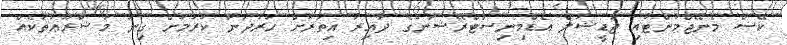
ކޭސް މެނޭޖްމަންޓާއި ޖުޑީޝަލް އެޑްމިނިސްޓްރޭޝަނުގެ ދާއިރާ އިތުރަށް ހަރުދަނާ ކުރުމަށް ގިނަ މަޝްރޫޢުތަކެއް